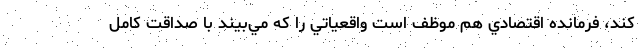
كند، فرمانده اقتصادي هم موظف است واقعياتي را كه مي‌بيند با صداقت كامل